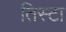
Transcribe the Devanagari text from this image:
तिस्टा